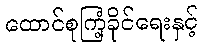
ထောင်စုကြံ့ခိုင်ရေးနှင့်